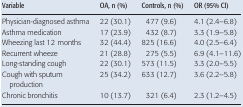
| Variable | OA, n (%) | Controls, n (%) | OR (95% CI) |
 | --- | --- | --- | --- |
 | Physician-diagnosed asthma | 22 (30.1) | 477 (9.6) | 4.1 (2.4–6.8) |
 | Asthma medication | 17 (23.9) | 432 (8.7) | 3.3 (1.9–5.8) |
 | Wheezing last 12 months | 32 (44.4) | 825 (16.6) | 4.0 (2.5–6.4) |
 | Recurrent wheeze | 21 (28.8) | 275 (5.5) | 6.9 (4.1–11.6) |
 | Long-standing cough | 22 (30.1) | 573 (11.5) | 3.3 (2.0–5.5) |
 | Cough with sputum production | 25 (34.2) | 633 (12.7) | 3.6 (2.2–5.8) |
 | Chronic bronchitis | 10 (13.7) | 321 (6.4) | 2.3 (1.2–4.5) |